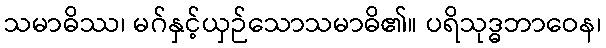
သမာဓိဿ၊ မဂ်နှင့်ယှဉ်သောသမာဓိ၏။ ပရိသုဒ္ဓဘာဝေန၊